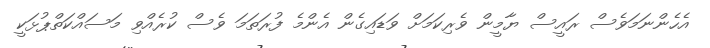
އެހެންނަމަވެސް ރައީސް ޔާމީން ވެރިކަމަށް ވަޑައިގެން އެންމެ ފުރަތަމަ ވެސް ކުރެއްވި މަސައްކަތްޕުޅަކީ